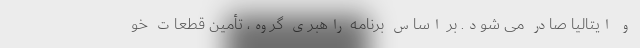
و ایتالیا صادر می شود. بر اساس برنامه راهبری گروه، تأمین قطعات خو